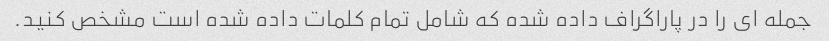
جمله ای را در پاراگراف داده شده که شامل تمام کلمات داده شده است مشخص کنید.